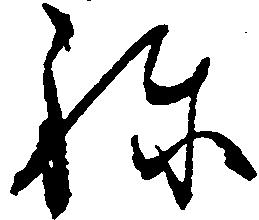
ね